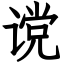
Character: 谠